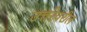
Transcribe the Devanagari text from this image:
उत्तरेवरील